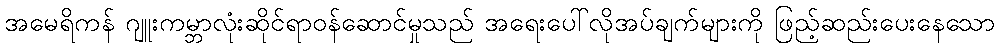
အမေရိကန် ဂျူးကမ္ဘာလုံးဆိုင်ရာဝန်ဆောင်မှုသည် အရေးပေါ်လိုအပ်ချက်များကို ဖြည့်ဆည်းပေးနေသော